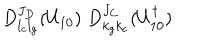
D _ { l _ { c } l _ { g } } ^ { J _ { D } } ( U _ { 1 0 } ) \; D _ { k _ { g } k _ { c } } ^ { J _ { C } } ( U _ { 1 0 } ^ { \dagger } )